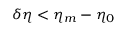
\delta \eta < \eta _ { m } - \eta _ { 0 }